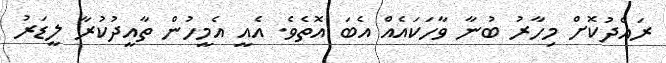
ރައްދުކޮށް މިހާރު ބުނާ ވާހަކައެއް އެބަ އޮތެވެ. އެއީ އެމީހުން ތާއީދުކުރާ ލީޑަރު